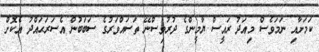
ކަމަށާއި ނަމަވެސް މިއަދު ރައީސް ޔާމީންގެ ދުރުވިސްނޭ ތަސައްވަރުގެ ސަބަބުން އެސަރަޙައްދު އެކޮށް